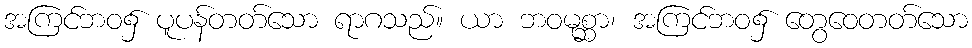
အကြင်ဘဝ၌ ပူပန်တတ်သော ရာဂသည်။ ယာ ဘဝမုစ္ဆာ၊ အကြင်ဘဝ၌ တွေဝေတတ်သော